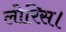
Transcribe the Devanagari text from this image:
लोरिस।